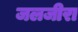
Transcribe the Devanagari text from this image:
जलजीरा